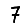
Digit: 7